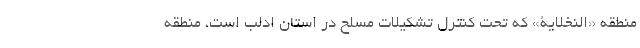
منطقه «النخلایة» که تحت کنترل تشکیلات مسلح در استان ادلب است، منطقه